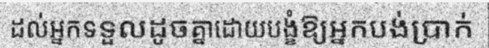
ដល់អ្នកទទួលដូចគ្នាដោយបង្ខំឱ្យអ្នកបង់ប្រាក់